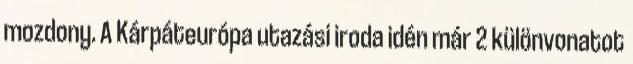
mozdony. A Kárpáteurópa utazási iroda idén már 2 különvonatot